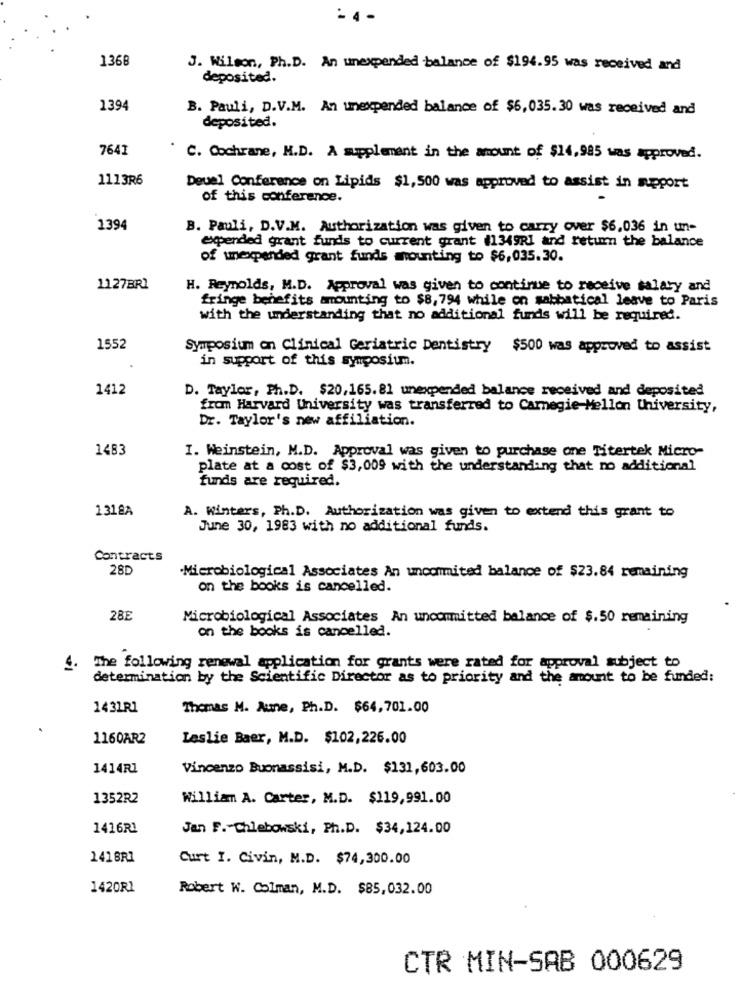
-4-
1368
J. Wilson, Ph.D. An unexpended balance of $194.95 was received and
deposited.
1394
B. Pauli, D.V.M. An unexpended balance of $6,035.30 was received and
deposited.
7641
C. Cochrane, M.D. A supplement in the amount of $14,985 was approved.
1113R6
Deuel Conference on Lipids $1,500 was approved to assist in support
of this conference.
1394
B. Pauli, D.V.M. Authorization was given to carry over $6,036 in un-
expended grant funds to current grant (1349RI and return the balance
of unexpanded grant funds mounting to $6,035.30.
1127BRI
H. Reynolds, M.D. Approval was given to continue to receive salary and
fringe benefits amounting to $8,794 while on sabbatical leave to Paris
with the understanding that no additional funds will be required.
1552
Symposium on Clinical Geriatric Dentistry $500 was approved to assist
in support of this symposium.
1412
D. Taylor, Ph.D. $20,165.81 unexpended balance received and deposited
from Harvard University was transferred to Carnegie Mellon University,
Dr. Taylor's new affiliation.
1483
I. Weinstein, M.D. Approval was given to purchase one Titertek Micro-
plate at a cost of $3,009 with the understanding that no additional
funds are required.
1318A
A. Winters, Ph.D. Authorization was given to extend this grant to
June 30, 1983 with no additional funds.
Contracts
28D
·Microbiological Associates An uncommited balance of $23.84 remaining
on the books is cancelled.
28E
Microbiological Associates An uncommitted balance of $.50 remaining
on the books is cancelled.
determination by the Scientific Director as to priority and
4. The following renewal application for grants were based on the amount to be funded:
1431R1
Thomas M. Aune, Ph.D. $64,701.00
1160AR2
Leslie Baer, M.D. $102,226.00
1414R1
Vincenzo Buonassisi, M.D. $131,603.00
1352R2
William A. Carter, M.D. $119,991.00
1416R1
Jan F. Chlebowski, Ph.D. $34,124.00
1418R1
Curt I. Civin, M.D. $74,300.00
1420R1
Robert W. Colman, M.D. $85,032.00
CTR MIN-SAB 000629